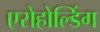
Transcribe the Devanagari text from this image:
एरोहोल्डिंग